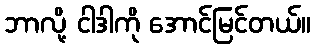
ဘာလို့ ငါဒါကို အောင်မြင်တယ်။